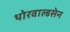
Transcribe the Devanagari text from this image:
थोरवाल्डसेन